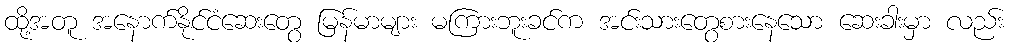
ထို့အတူ အနောက်နိုင်ငံဆေးတွေ မြန်မာများ မကြားဘူးခင်က အင်းသားတွေစားနေသော ဆေးခါးမှာ လည်း